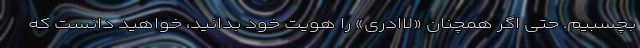
بچسبیم. حتی اگر همچنان «لاادری» را هویت خود بدانید، خواهید دانست که